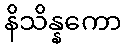
နိသိန္နကော